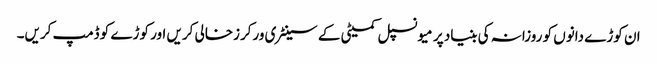
ان کوڑے دانوں کو روزانہ کی بنیاد پر میونسپل کمیٹی کے سینٹری ورکرزخالی کریں اور کوڑے کو ڈمپ کریں۔